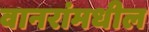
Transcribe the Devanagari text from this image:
वानरांमधील